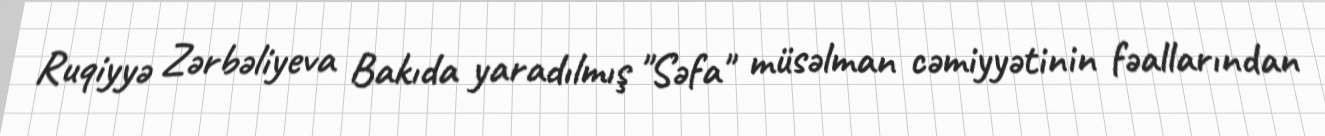
Ruqiyyə Zərbəliyeva Bakıda yaradılmış "Səfa" müsəlman cəmiyyətinin fəallarından